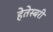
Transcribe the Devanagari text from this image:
हेतेस्बरी